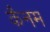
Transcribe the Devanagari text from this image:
कैनम